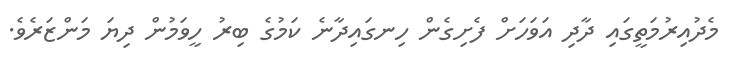
މެދުއިރުމަތީގައި ދާދި އަވަހަށް ފެށިގެން ހިނގައިދާނެ ކަމުގެ ބިރު ހީވަމުން ދިޔަ މަންޒަރެވެ.